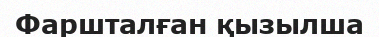
Фаршталған қызылша